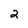
Character: 2